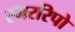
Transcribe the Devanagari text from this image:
स्मररिपो